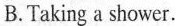
B. Taking a shower.